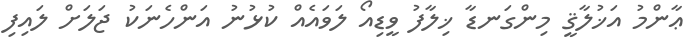
ޢާންމު އަޚުލާޤީ މިންގަނޑާ ޚިލާފު ވީޑިއޯ ލަވައެއް ކުޅުނު އަންހެނަކު ޖަލަށް ލައިފި